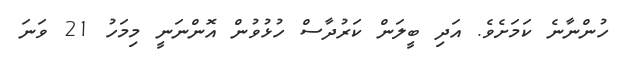
ހުންނާނެ ކަމަށެވެ. އަދި ބީލަން ކަރުދާސް ހުޅުވުން އޮންނަނީ މިމަހު 21 ވަނަ